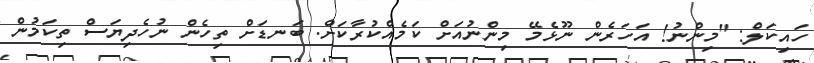
ހައިކަލް: "މިންނު! އަހަރެން ނޫޅެމޭ މިންނުއަށް ކަމެއްކުރާކަށް. ބަނޑަށް ތިހެން ނުހެދިޔަސް ތިކަމުން